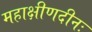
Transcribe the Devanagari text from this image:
महाक्षीणदीनः